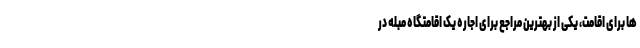
ها برای اقامت، یکی از بهترین مراجع برای اجاره یک اقامتگاه مبله در